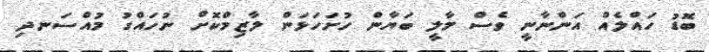
ބޮޑު ހައްލެއް އަންނާނީ ވެސް މާލީ ބަޔާން ހުށަހަޅަން ލާޒިމްކޮށް ނުހައްގު މުއްސަނދި